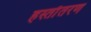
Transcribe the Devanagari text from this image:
हस्ताँतरण